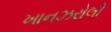
ખાનઝરોલી